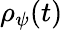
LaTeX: \rho_{\psi}(t)